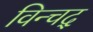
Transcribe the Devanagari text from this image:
विन्चद्